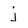
Character: j